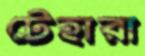
টেহারা